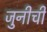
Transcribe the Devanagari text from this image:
जुनीची